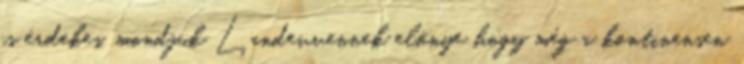
is érdekes, mondjuk Landevvennek előnye hogy még a kontinensen